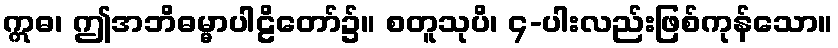
ဣဓ၊ ဤအဘိဓမ္မာပါဠိတော်၌။ စတူသုပိ၊ ၄-ပါးလည်းဖြစ်ကုန်သော။